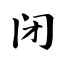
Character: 闭